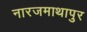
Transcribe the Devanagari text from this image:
नारजमाथापुर